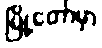
မြို့တော်မှာ